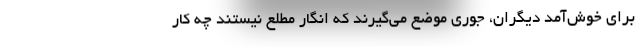
برای خوش‌آمد دیگران، جوری موضع می‌گیرند که انگار مطلع نیستند چه کار